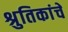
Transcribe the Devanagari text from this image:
श्रुतिकांचे